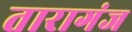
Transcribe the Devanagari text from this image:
तारागंज